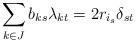
LaTeX: \begin{align*}\sum_{k\in J}b_{ks}\lambda_{kt}=2r_{i_s}\delta_{st}\end{align*}